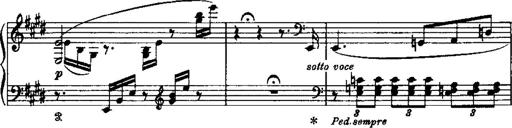
Title: LiebestrÃ¤ume
Composer: Franz Behr
Key: E-flat major